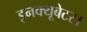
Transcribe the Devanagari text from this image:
इनक्यूबेटर।